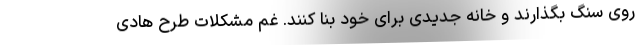
روی سنگ بگذارند و خانه جدیدی برای خود بنا کنند. غم مشکلات طرح هادی